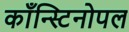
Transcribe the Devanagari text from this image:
काँन्स्टिनोपल